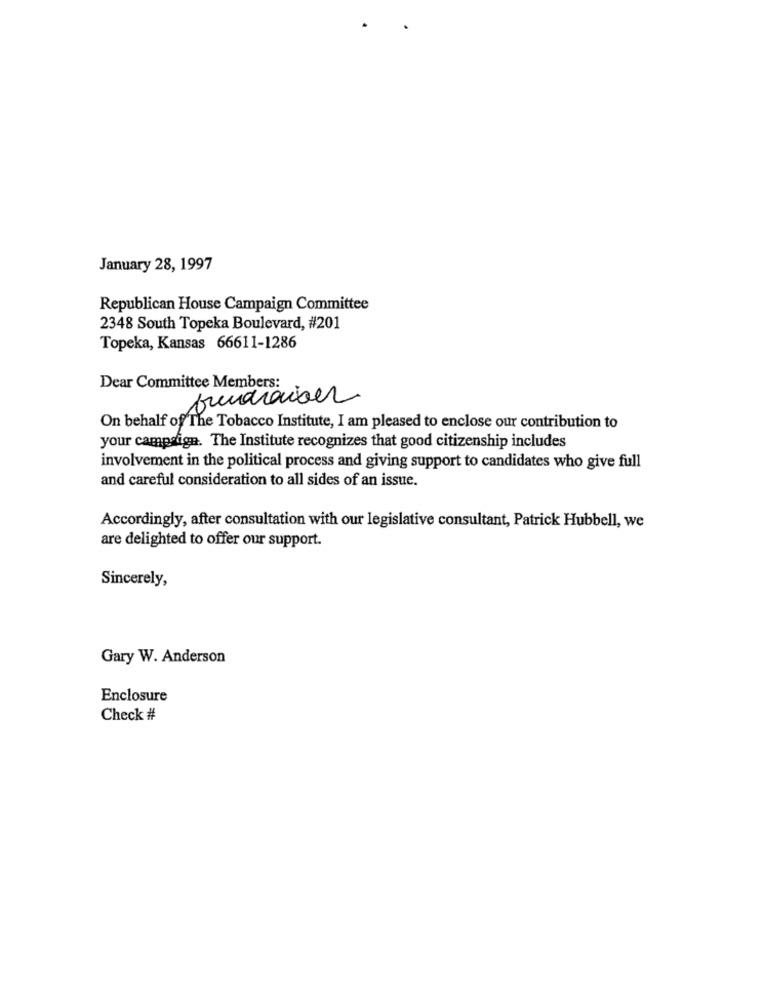
January 28, 1997
Republican House Campaign Committee
2348 South Topeka Boulevard, #201
Topeka, Kansas 66611-1286
Dear Committee Members:
fundraiser
On behalf of The Tobacco Institute, I am pleased to enclose our contribution to
your campaign. The Institute recognizes that good citizenship includes
involvement in the political process and giving support to candidates who give full
and careful consideration to all sides of an issue.
Accordingly, after consultation with our legislative consultant, Patrick Hubbell, we
are delighted to offer our support.
Sincerely,
Gary W. Anderson
Enclosure
Check #